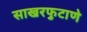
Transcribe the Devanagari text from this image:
साखरफुटाणे